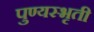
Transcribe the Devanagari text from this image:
पुण्यस्भृती